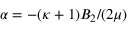
\alpha = - ( \kappa + 1 ) B _ { 2 } / ( 2 \mu )